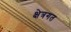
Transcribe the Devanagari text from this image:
क्षेत्रगत